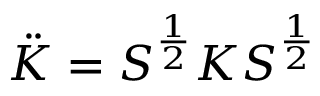
\ddot { K } = S ^ { \frac { 1 } { 2 } } K S ^ { \frac { 1 } { 2 } }